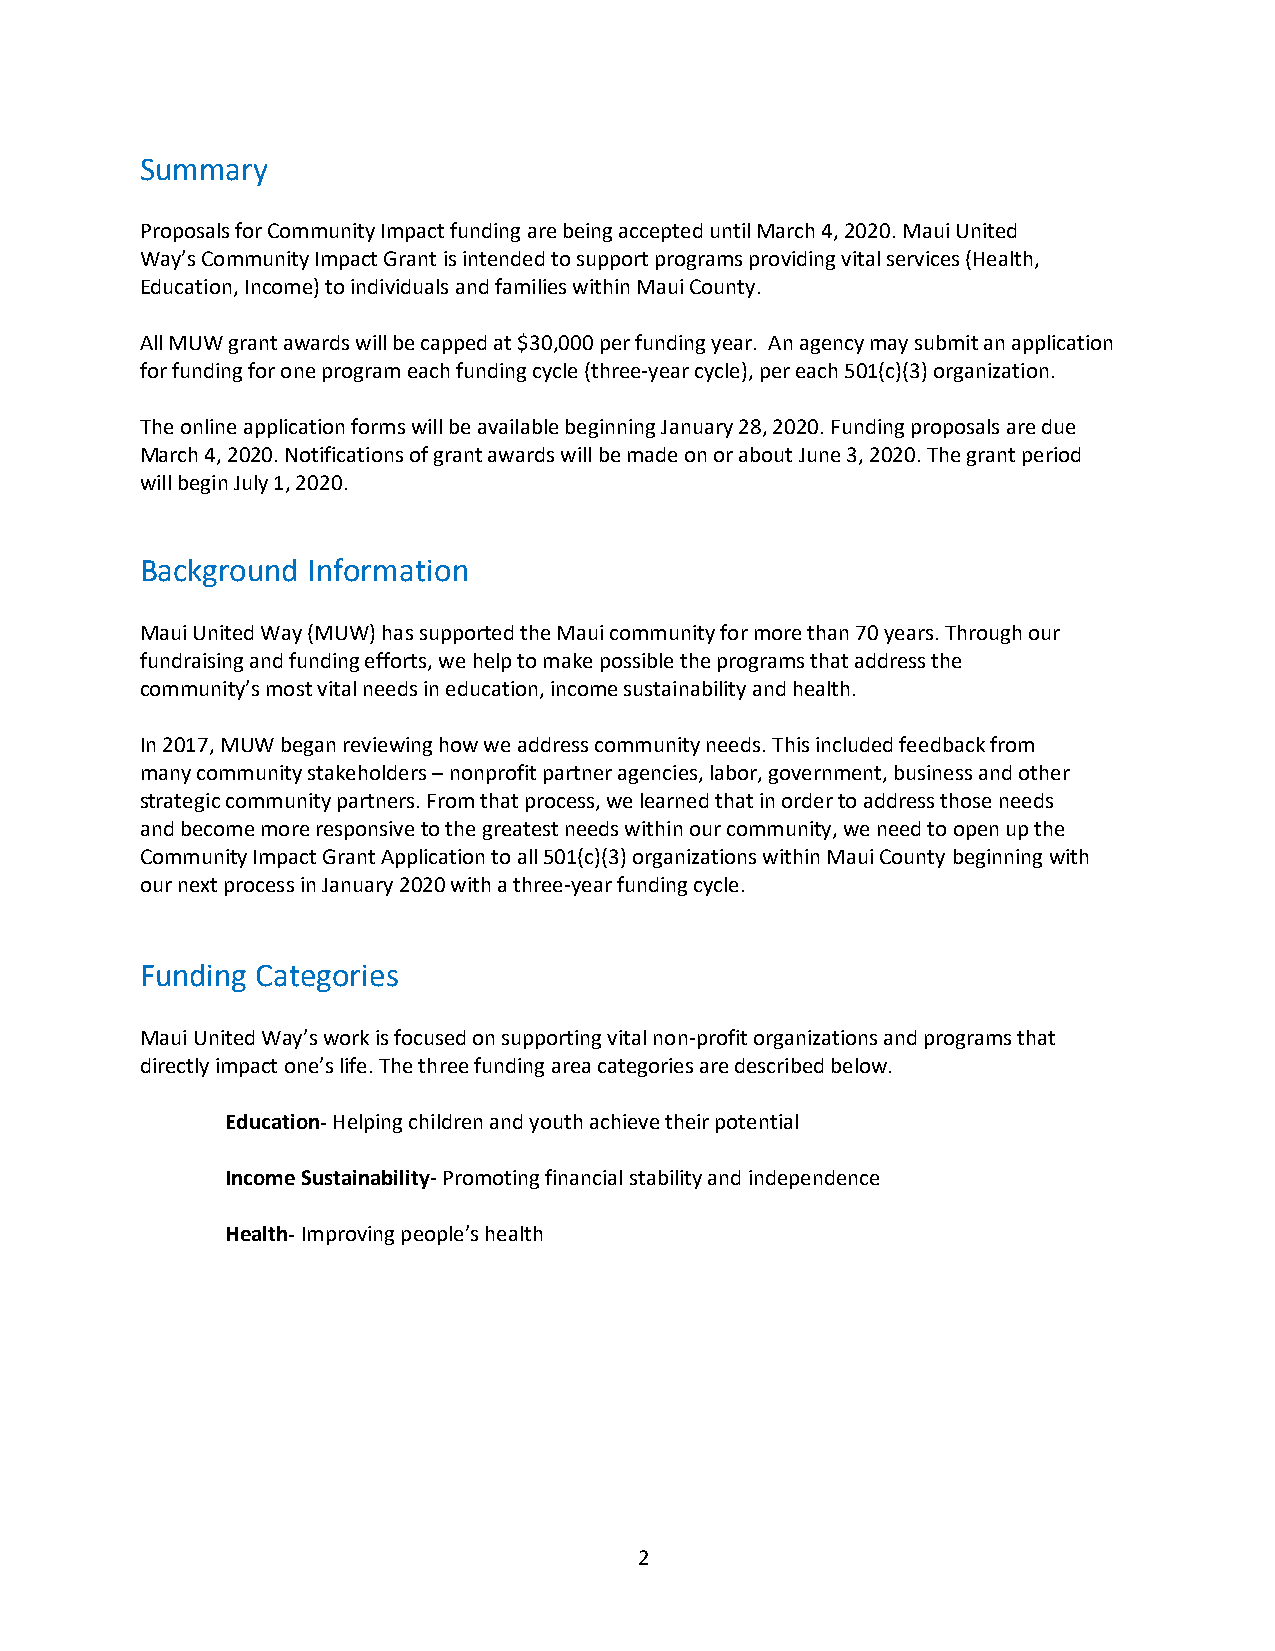
Summary
 Proposals for Community Impact funding are being accepted until March 4, 2020. Maui United
 Way’s Community Impact Grant is intended to support programs providing vital services (Health,
 Education, Income) to individuals and families within Maui County.
 All MUW grant awards will be capped at $30,000 per funding year. An agency may submit an application
 for funding for one program each funding cycle (three-year cycle), per each 501(c)(3) organization.
 The online application forms will be available beginning January 28, 2020. Funding proposals are due
 March 4, 2020. Notifications of grant awards will be made on or about June 3, 2020. The grant period
 will begin July 1, 2020.
 Background Information
 Maui United Way (MUW) has supported the Maui community for more than 70 years. Through our
 fundraising and funding efforts, we help to make possible the programs that address the
 community’s most vital needs in education, income sustainability and health.
 In 2017, MUW began reviewing how we address community needs. This included feedback from
 many community stakeholders – nonprofit partner agencies, labor, government, business and other
 strategic community partners. From that process, we learned that in order to address those needs
 and become more responsive to the greatest needs within our community, we need to open up the
 Community Impact Grant Application to all 501(c)(3) organizations within Maui County beginning with
 our next process in January 2020 with a three-year funding cycle.
 Funding Categories
 Maui United Way’s work is focused on supporting vital non-profit organizations and programs that
 directly impact one’s life. The three funding area categories are described below.
 Education- Helping children and youth achieve their potential
 Income Sustainability- Promoting financial stability and independence
 Health- Improving people’s health
 2